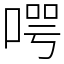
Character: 㗁